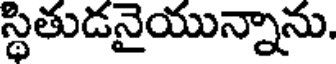
స్థితుడనైయున్నాను.